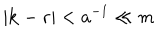
| { \bf k } - { \bf r } | < a ^ { - 1 } \ll m